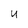
Character: U